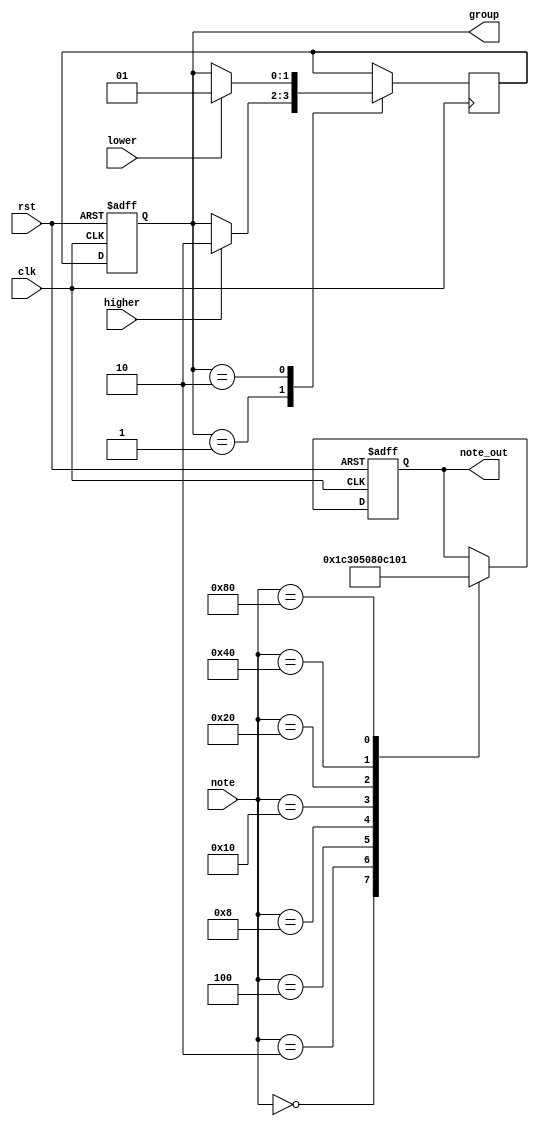
`timescale 1ns / 1ps
//////////////////////////////////////////////////////////////////////////////////
// Company: 
// Engineer: 
// 
// Design Name: 
// Module Name: Keyboard
// Project Name: 
// Target Devices: 
// Tool Versions: 
// Description: 
// 
// Dependencies: 
// 
// Revision:
// Revision 0.01 - File Created
// Additional Comments:
// 
//////////////////////////////////////////////////////////////////////////////////


module Keyboard(
input [7:0] note,
input higher,
input lower,
input rst,
input clk,
output reg [6:0] note_out,
output reg [1:0] group
    );
    reg [1:0] group_next;
    
    always @(posedge clk,negedge rst)begin
    if(~rst)
    group<=2'd2;
    else
    group<=group_next;
    end
    
    always @(posedge clk)begin
    case(group)
    2'd1:if(higher) group_next <= 2'd2;else group_next <= group;
    2'd2:if(lower) group_next <= 2'd1;else group_next <= group;
    endcase
    end
    
    
    always @(posedge clk,negedge rst) begin
    if(~rst) note_out <= 7'd0;
    else 
    case(note)
    8'b0000_0000: note_out <= 7'd0;
    8'b0000_0010: note_out <= 7'd7;
    8'b0000_0100: note_out <= 7'd6;
    8'b0000_1000: note_out <= 7'd5;
    8'b0001_0000: note_out <= 7'd4;
    8'b0010_0000: note_out <= 7'd3;
    8'b0100_0000: note_out <= 7'd2;
    8'b1000_0000: note_out <= 7'd1;
    default: note_out<= note_out;
    endcase
    end
    
endmodule